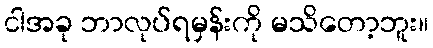
ငါအခု ဘာလုပ်ရမှန်းကို မသိတော့ဘူး။